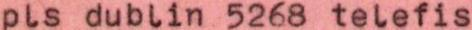
pls dublin 5268 telefis